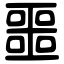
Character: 噩